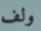
ولف